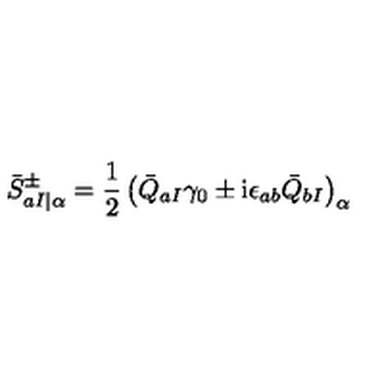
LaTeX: { \bar { S } } _ { a I \vert \alpha } ^ { \pm } = \frac { 1 } { 2 } \left( { \bar { Q } } _ { a I } \gamma _ { 0 } \pm \mathrm { i } \epsilon _ { a b } { \bar { Q } } _ { b I } \right) _ { \alpha }